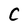
Character: C